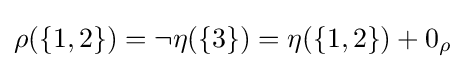
{\textstyle \rho (\{1,2\})=\neg \eta (\{3\})=\eta (\{1,2\})+0_{\rho }}